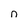
Character: n